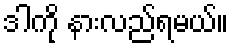
ဒါကို နားလည်ရမယ်။